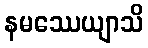
နမဿေယျာသိ